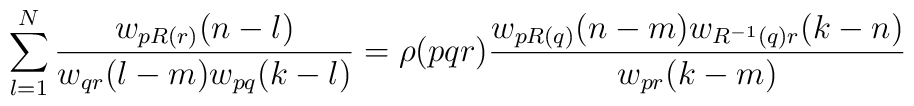
\sum^N_{l=1}{w_{pR(r)}(n-l)\over w_{qr}(l-m)w_{pq}(k-l)}=\rho (pqr){w_{pR(q)}(n-m)w_{R^{-1}(q)r}(k-n)\over w_{pr}(k-m)}